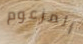
المزعوم